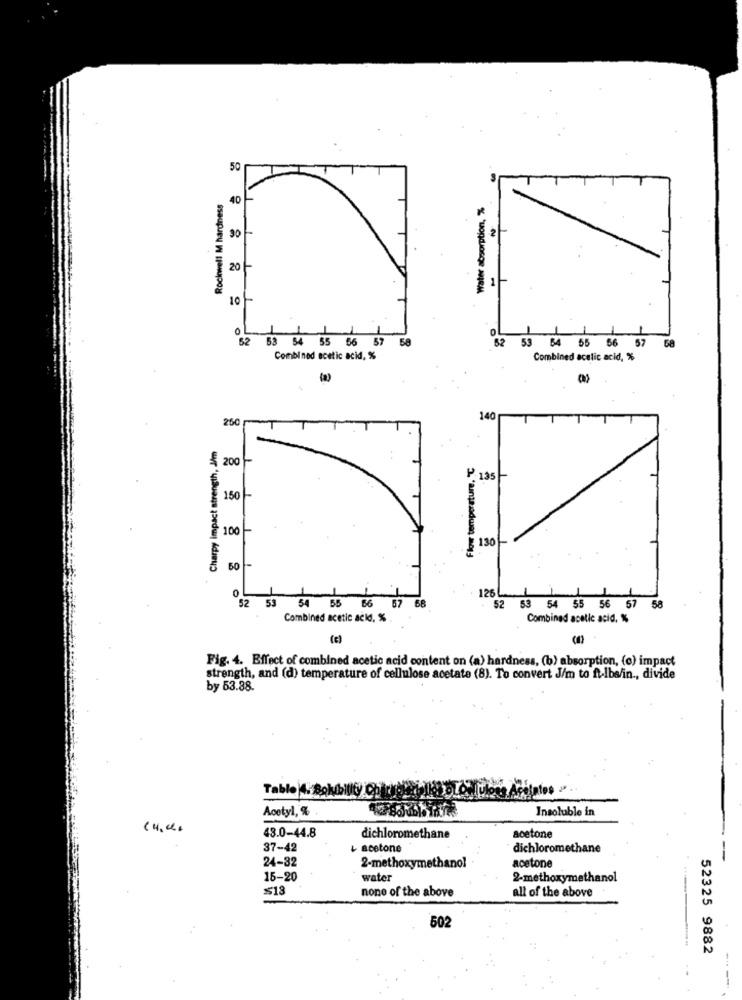
50
Rockwell M hardness
40 -
Water absorption, %
2
90
20-
-
10-
0
1
52 53 54 55 56 57 58
11
82 53 64 65 B
65 86 87
68
Combined acetic acid, %
Combined acetic acid, %
250
140
Charpy impact strength, J/m
200
Flow temperature, ℃
₱ 195
150 -
100-
3 130
50
0
52 53
126 L
54
55 66 57 58
52 53 54 55 56 57
58
Combined acetic acid, % .
Combined acetic acid, %
(c)
Fig. 4. Effect of combined acetic acid content on (a) hardness, (b) absorption, (o) impact
strength, and (d) temperature of cellulose acetate (8). To convert J/m to ftlbs/in ., divide
by 53.88.
Acetyl, %
Insoluble in
43.0-44.8
dichloromethane
acetone
37-42
acetone
dichloromethane
24-32
acetone
2-methoxymethanol
15-20
water
2-methoxymethanol
≤18
none of the above
all of the above
502
52325 9882
---